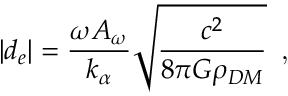
\left| d _ { e } \right| = \frac { \omega A _ { \omega } } { k _ { \alpha } } \sqrt { \frac { c ^ { 2 } } { 8 \pi G \rho _ { D M } } } \, \textrm { , }